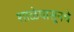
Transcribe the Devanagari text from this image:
शाळेपासूनचे